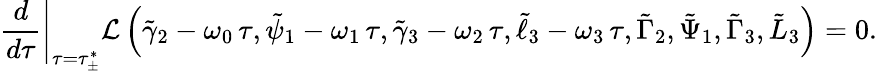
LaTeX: \left.\frac{d}{d\tau}\right|_{\tau=\tau_{\pm}^{*}}\mathcal{L}\left(\tilde{\gamma}_{2}-\omega_{0}\, \tau,\tilde{\psi}_{1}-\omega_{1}\, \tau,\tilde{\gamma}_{3}-\omega_{2}\, \tau,\tilde{\ell}_{3}-\omega_{3}\, \tau,\tilde{\Gamma}_{2},\tilde{\Psi}_{1},\tilde{\Gamma}_{3},\tilde{L}_{3}\right)=0.